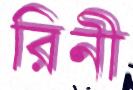
রিনী